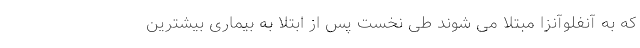
که به آنفلوآنزا مبتلا می شوند طی نخست پس از ابتلا به بیماری بیشترین